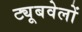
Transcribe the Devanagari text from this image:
ट्यूबवेलों